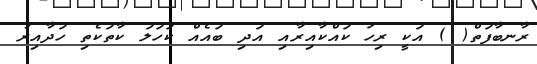
ރާނބާފަތް( ) އަކީ ރިހަ ކައްކާއިރާއި އަދި ބައެއް ކަހަލަ ކާތަކެތި ހަދާއިރު